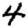
Digit: 4